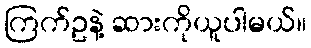
ကြက်ဥနဲ့ ဆားကိုယူပါမယ်။